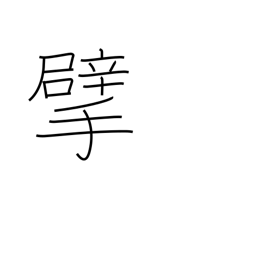
Meaning: tear up